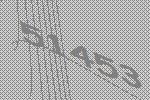
51453